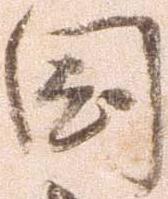
国